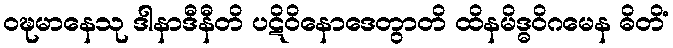
ဝဍ္ဎမာနေသု ဒါနာဒီနီတိ ပဋိဝိနောဒေတွာတိ ထိနမိဒ္ဓဝိဂမေန ဓိတိံ